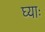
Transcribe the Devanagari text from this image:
घ्‍याः